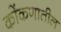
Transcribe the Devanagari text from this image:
कोंकणातील